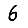
Digit: 6